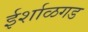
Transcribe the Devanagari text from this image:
ईर्शाळगड